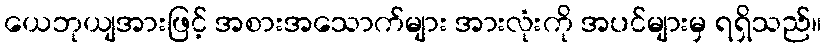
ယေဘုယျအားဖြင့် အစားအသောက်များ အားလုံးကို အပင်များမှ ရရှိသည်။